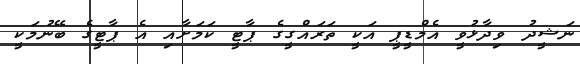
ނަޝީދު ވިދާޅުވީ އެމްޑީޕީ އަކީ ތަރައްގީގެ ޕާޓީ ކަމަށާއި އެ ޕާޓީގެ ބޭނުމަކީ